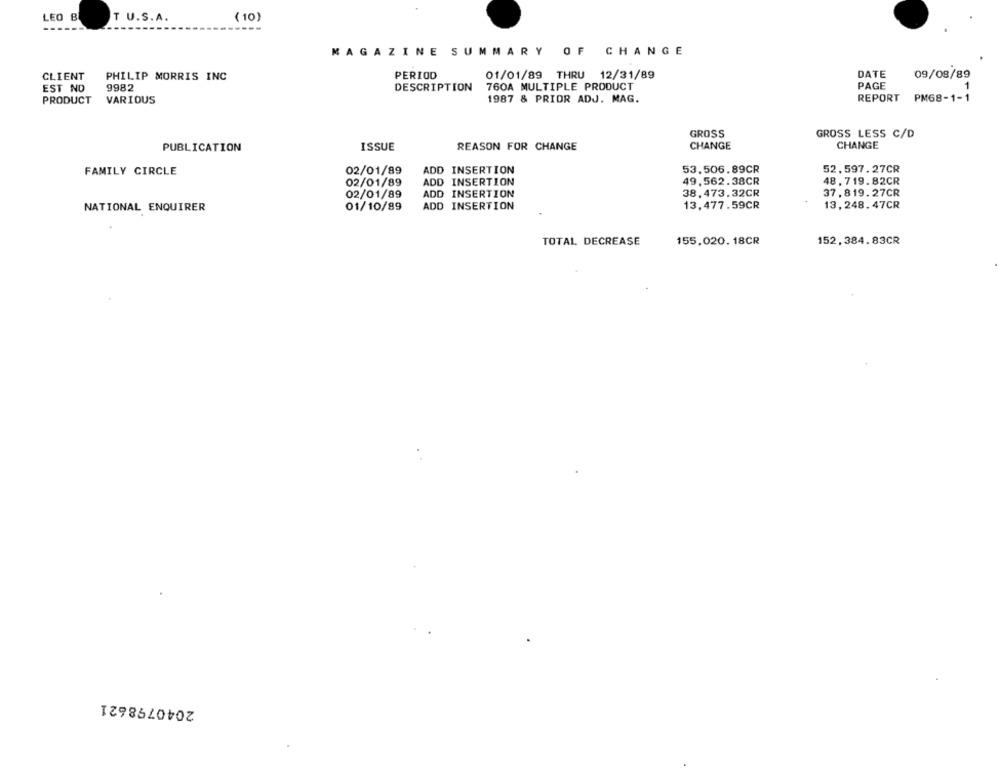
LEO B
T U.S.A.
(10)
MAGAZINE SUMMARY OF CHANGE
CLIENT
PHILIP MORRIS INC
PERIOD
01/01/89 THRU 12/31/89
DATE
09/08/89
760A MULTIPLE PRODUCT
PAGE
1
EST ND
9982
DESCRIPTION
PRODUCT
VARIOUS
1987 & PRIOR ADJ. MAG.
REPORT
PM68-1-1
GROSS
GROSS LESS C/D
ISSUE
REASON FOR CHANGE
CHANGE
CHANGE
PUBLICATION
ADD INSERTION
53,506.89CR
52.597. 27CR
FAMILY CIRCLE
02/01/89
02/01/89
ADD INSERTION
49.562. 38CR
48, 7 19. 82CR
02/01/89
ADD INSERTION
38.473.32CR
37. 819. 27CR
NATIONAL ENQUIRER
01/10/89
ADD INSERTION
13,477.59CR
13, 248. 47CR
TOTAL DECREASE
155,020. 18CR
152,384.83CR
2040798621